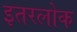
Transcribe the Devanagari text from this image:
इतरलोक